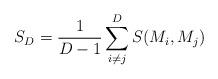
LaTeX: \begin{align*}S_D = \frac{1}{D-1} \sum_{i\neq j}^{D} S (M_i , M_j )\end{align*}